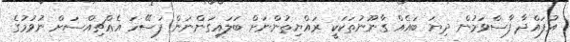
އުފައްދާ ފާސްވަމުން ދިޔަ ބައެއް ގާނޫނުތަކަކީ ރައްޔިތުންނަށް ބަލައިގަންނަން ފަސޭހަ އެއްޗިއްސަށް ނުވުމުގެ